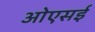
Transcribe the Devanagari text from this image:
ओएसई